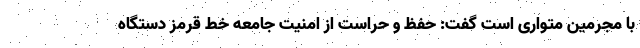
با مجرمین متواری است گفت: حفظ و حراست از امنیت جامعه خط قرمز دستگاه